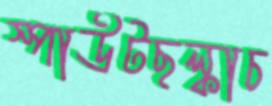
স্পাউটছল্‌কাচ